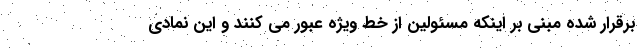
برقرار شده مبنی بر اینکه مسئولین از خط ویژه عبور می کنند و این نمادی